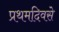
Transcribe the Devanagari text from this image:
प्रथमदिवसे